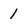
Character: 1